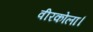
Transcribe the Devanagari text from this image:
वीरकोला।